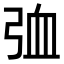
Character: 𪪽